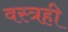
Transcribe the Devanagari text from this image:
वस्त्रही